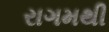
રાગમથી